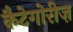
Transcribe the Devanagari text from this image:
कैटेगोरीज़